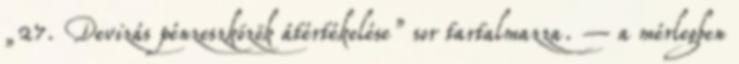
„27. Devizás pénzeszközök átértékelése” sor tartalmazza. – a mérlegben